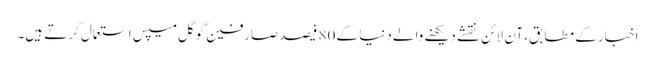
اخبار کے مطابق، آن لائن نقشے دیکھنے والے دنیا کے 80 فیصد صارفین گوگل میپس استعمال کرتے ہیں۔